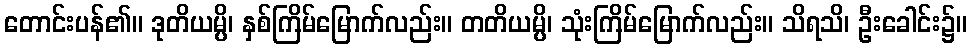
တောင်းပန်၏။ ဒုတိယမ္ပိ၊ နှစ်ကြိမ်မြောက်လည်း။ တတိယမ္ပိ၊ သုံးကြိမ်မြောက်လည်း။ သိရသိ၊ ဦးခေါင်း၌။